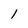
Character: l